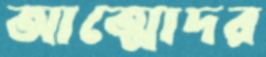
আত্মোদর